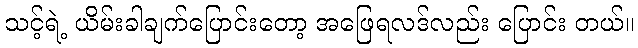
သင့်ရဲ့ ယိမ်းခါချက်ပြောင်းတော့ အဖြေရလဒ်လည်း ပြောင်း တယ်။